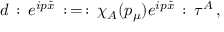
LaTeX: d \, : \, e ^ { i p \hat { x } } \, : \, = \, : \, \chi _ { A } ( p _ { \mu } ) e ^ { i p \hat { x } } \, : \, \tau ^ { A } \, ,